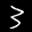
Label: 3